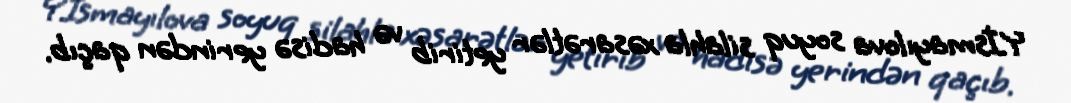
Y.İsmayılova soyuq silahla xəsarətlər yetirib və hadisə yerindən qaçıb.